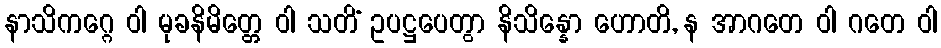
နာသိကဂ္ဂေ ဝါ မုခနိမိတ္တေ ဝါ သတိံ ဥပဋ္ဌပေတွာ နိသိန္နော ဟောတိ, န အာဂတေ ဝါ ဂတေ ဝါ